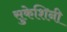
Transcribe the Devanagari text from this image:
सुकेशिनी